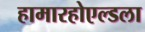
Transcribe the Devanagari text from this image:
हामारहोएल्डला